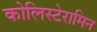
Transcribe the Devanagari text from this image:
कोलिस्टेरामिन